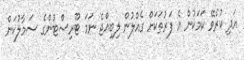
އަދި ކުރެވޭ ކަމަކުން އެ ފަރުތަކަށް ގެއްލުން ލިބިއްޖެ ނަމަ ޓޫރިސްޓުންގެ ސަމާލުކަން